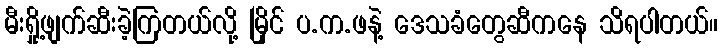
မီးရှို့ဖျက်ဆီးခဲ့ကြတယ်လို့ မြိုင် ပ.က.ဖနဲ့ ဒေသခံတွေဆီကနေ သိရပါတယ်။